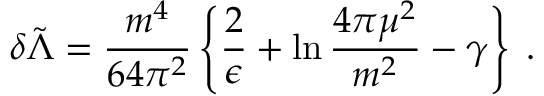
\delta \tilde { \Lambda } = \frac { m ^ { 4 } } { 6 4 \pi ^ { 2 } } \left\{ \frac { 2 } { \epsilon } + \ln { \frac { 4 \pi \mu ^ { 2 } } { m ^ { 2 } } } - \gamma \right\} \; .